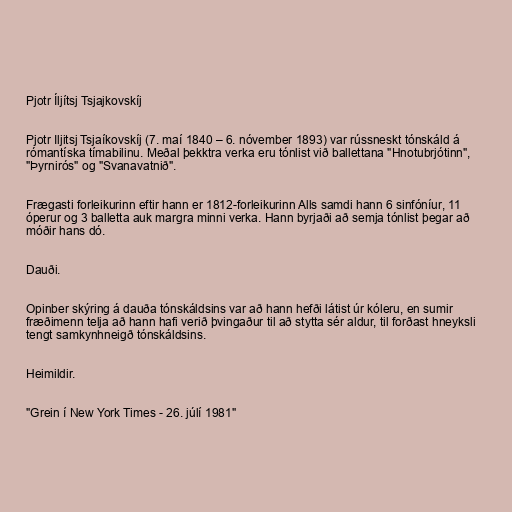
Pjotr Íljítsj Tsjajkovskíj

Pjotr Iljitsj Tsjaíkovskíj (7. maí 1840 – 6. nóvember 1893) var rússneskt tónskáld á
rómantíska tímabilinu. Meðal þekktra verka eru tónlist við ballettana "Hnotubrjótinn",
"Þyrnirós" og "Svanavatnið".

Frægasti forleikurinn eftir hann er 1812-forleikurinn Alls samdi hann 6 sinfóníur, 11
óperur og 3 balletta auk margra minni verka. Hann byrjaði að semja tónlist þegar að
móðir hans dó.

Dauði.

Opinber skýring á dauða tónskáldsins var að hann hefði látist úr kóleru, en sumir
fræðimenn telja að hann hafi verið þvingaður til að stytta sér aldur, til forðast hneyksli
tengt samkynhneigð tónskáldsins.

Heimildir.

"Grein í New York Times - 26. júlí 1981"